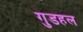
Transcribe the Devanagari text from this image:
गुडहल